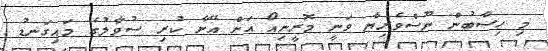
މި ހިސާބުން ނޫސްވެރިޔާ ވަނީ މޮރީނިއޯ އަށް އޭނާ ކުރި ސުވާލުގެ މައިގަނޑު